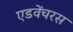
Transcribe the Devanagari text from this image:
एडवेंचरस